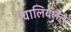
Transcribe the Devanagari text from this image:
चालिवलेले